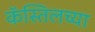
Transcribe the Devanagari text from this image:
कॅस्तिलच्या